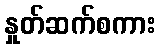
နှုတ်ဆက်စကား